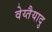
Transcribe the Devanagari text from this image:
वेय्तैयादु